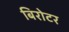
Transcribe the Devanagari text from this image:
बिरोटर